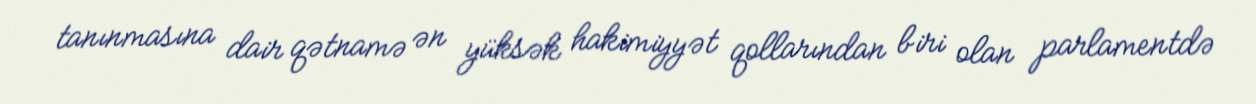
tanınmasına dair qətnamə ən yüksək hakimiyyət qollarından biri olan parlamentdə